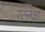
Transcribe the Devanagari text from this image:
रत्‍नेश